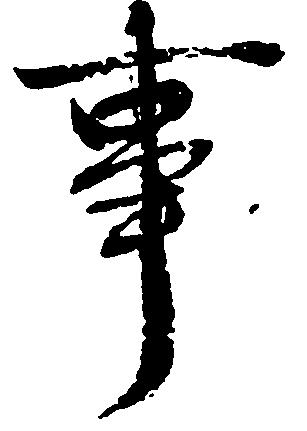
事